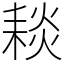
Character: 䎦